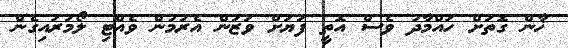
ޚާން ގޮތަށް ހައްމާދު ވެސް އޮތީ ފަޔަށް ވަޒަން އެރުމުން ވެއްޓި ލޯމަރައިގެން